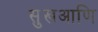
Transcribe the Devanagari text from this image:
सुखआणि